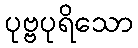
ပုဗ္ဗပုရိသော